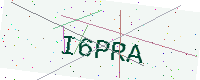
Text: I6PRA